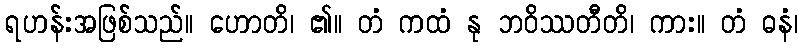
ရဟန်းအဖြစ်သည်။ ဟောတိ၊ ၏။ တံ ကထံ နု ဘဝိဿတီတိ၊ ကား။ တံ ဓနံ၊